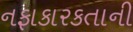
નફાકારકતાની